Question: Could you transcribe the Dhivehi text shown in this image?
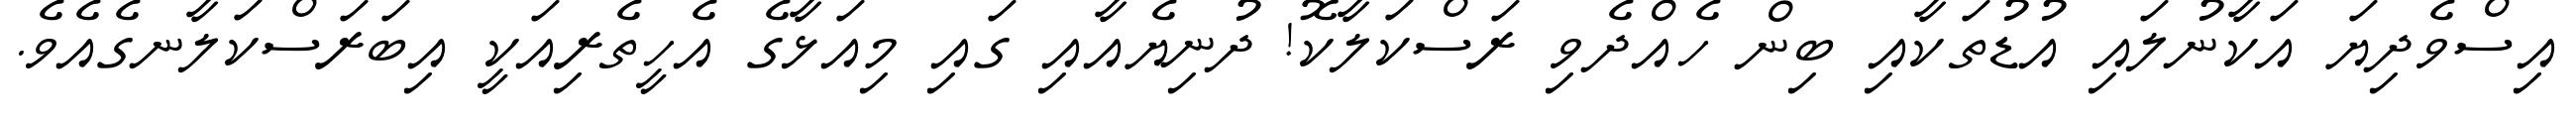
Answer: އިސްވެދިޔަ އަކާނުލައި އުޑުތަކާއި ބިން ހެއްދެވި ރަސްކަލާކޮ! ދުނިޔެއާއި ގައި މިއަޅާގެ އެހީތެރިއަކީ އިބަރަސްކަލާނގެއެވެ.